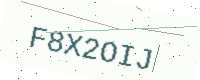
Text: F8X2OIJ